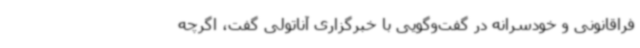
فراقانونی و خودسرانه در گفت‌وگویی با خبرگزاری آناتولی گفت، اگرچه